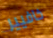
خافيير